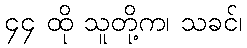
၄၄ ထို သူတို့က၊ သခင်၊